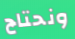
ونحتاج